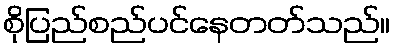
စိုပြည်စည်ပင်နေတတ်သည်။